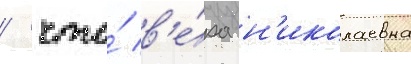
/ что́ в'е́ра н'иколаевна